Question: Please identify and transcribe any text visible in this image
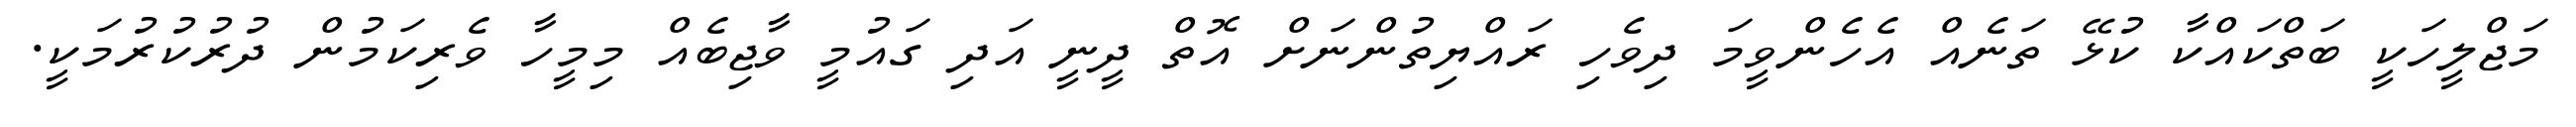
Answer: މަޖްލީހަކީ ބަތްކައްކާ ކުޅޭ ތަނެއް އެހެންވީމަ ދިވެހި ރައްޔިތުންނަށް އޮތް ދީނީ އަދި ގައުމީ ވާޖިބެއް މިމީހާ ވެރިކަމުން ދުރުކުރުމަކީ.